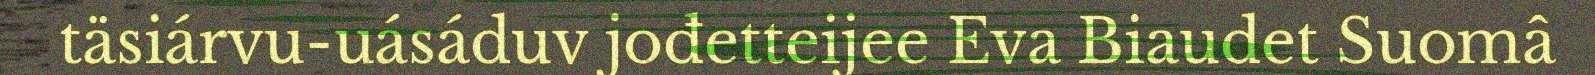
täsiárvu-uásáduv jođetteijee Eva Biaudet Suomâ